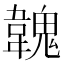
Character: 𩏐